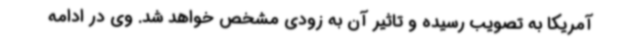
آمریکا به تصویب رسیده و تاثیر آن به زودی مشخص خواهد شد. وی در ادامه